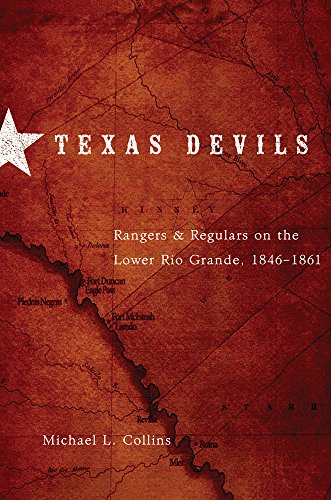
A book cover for Texas Devils: Rangers and Regulars on the Lower Rio Grande, 1846EE1861; Michael L. Collins; Law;